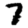
Digit: 7